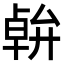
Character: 𠦷